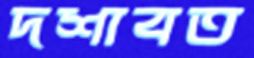
দশাবত